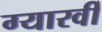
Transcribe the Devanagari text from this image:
ग्यारवीँ